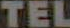
TEL